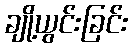
ချို့ယွင်းခြင်း